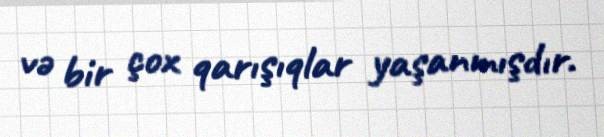
və bir çox qarışıqlar yaşanmışdır.